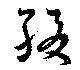
綴